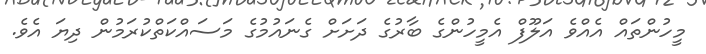
މީހުންތައް އެއްވެ އަލޫފް އެމީހުންގެ ބާރުގެ ދަށަށް ގެނައުމުގެ މަސައްކަތްކުރަމުން ދިޔަ އެވެ.